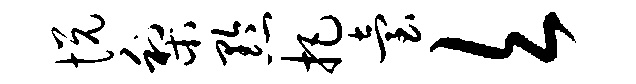
悦梨黔把台欠